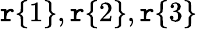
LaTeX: \mathtt{r}\{ 1\} ,\mathtt{r}\{ 2\} ,\mathtt{r}\{ 3\}